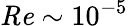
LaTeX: \mathit{Re}\sim 10^{-5}